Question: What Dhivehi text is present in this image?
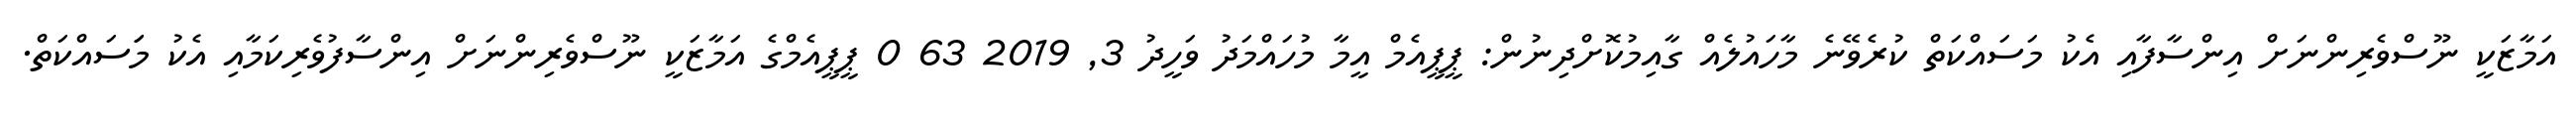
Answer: އަމާޒަކީ ނޫސްވެރިންނަށް އިންސާފާއި އެކު މަސައްކަތް ކުރެވޭނެ މާހައުލެއް ގާއިމުކޮށްދިނުން: ޕީޕީއެމް އީމާ މުހައްމަދު ވަހީދު 3, 2019 63 0 ޕީޕީއެމްގެ އަމާޒަކީ ނޫސްވެރިންނަށް އިންސާފުވެރިކަމާއި އެކު މަަސައްކަތް.